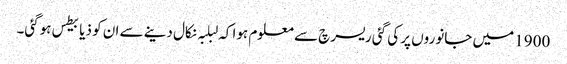
1900 میں‌ جانوروں‌ پر کی گئی ریسرچ سے معلوم ہوا کہ لبلبہ نکال دینے سے ان ‌کو ذیابیطس ہوگئی۔